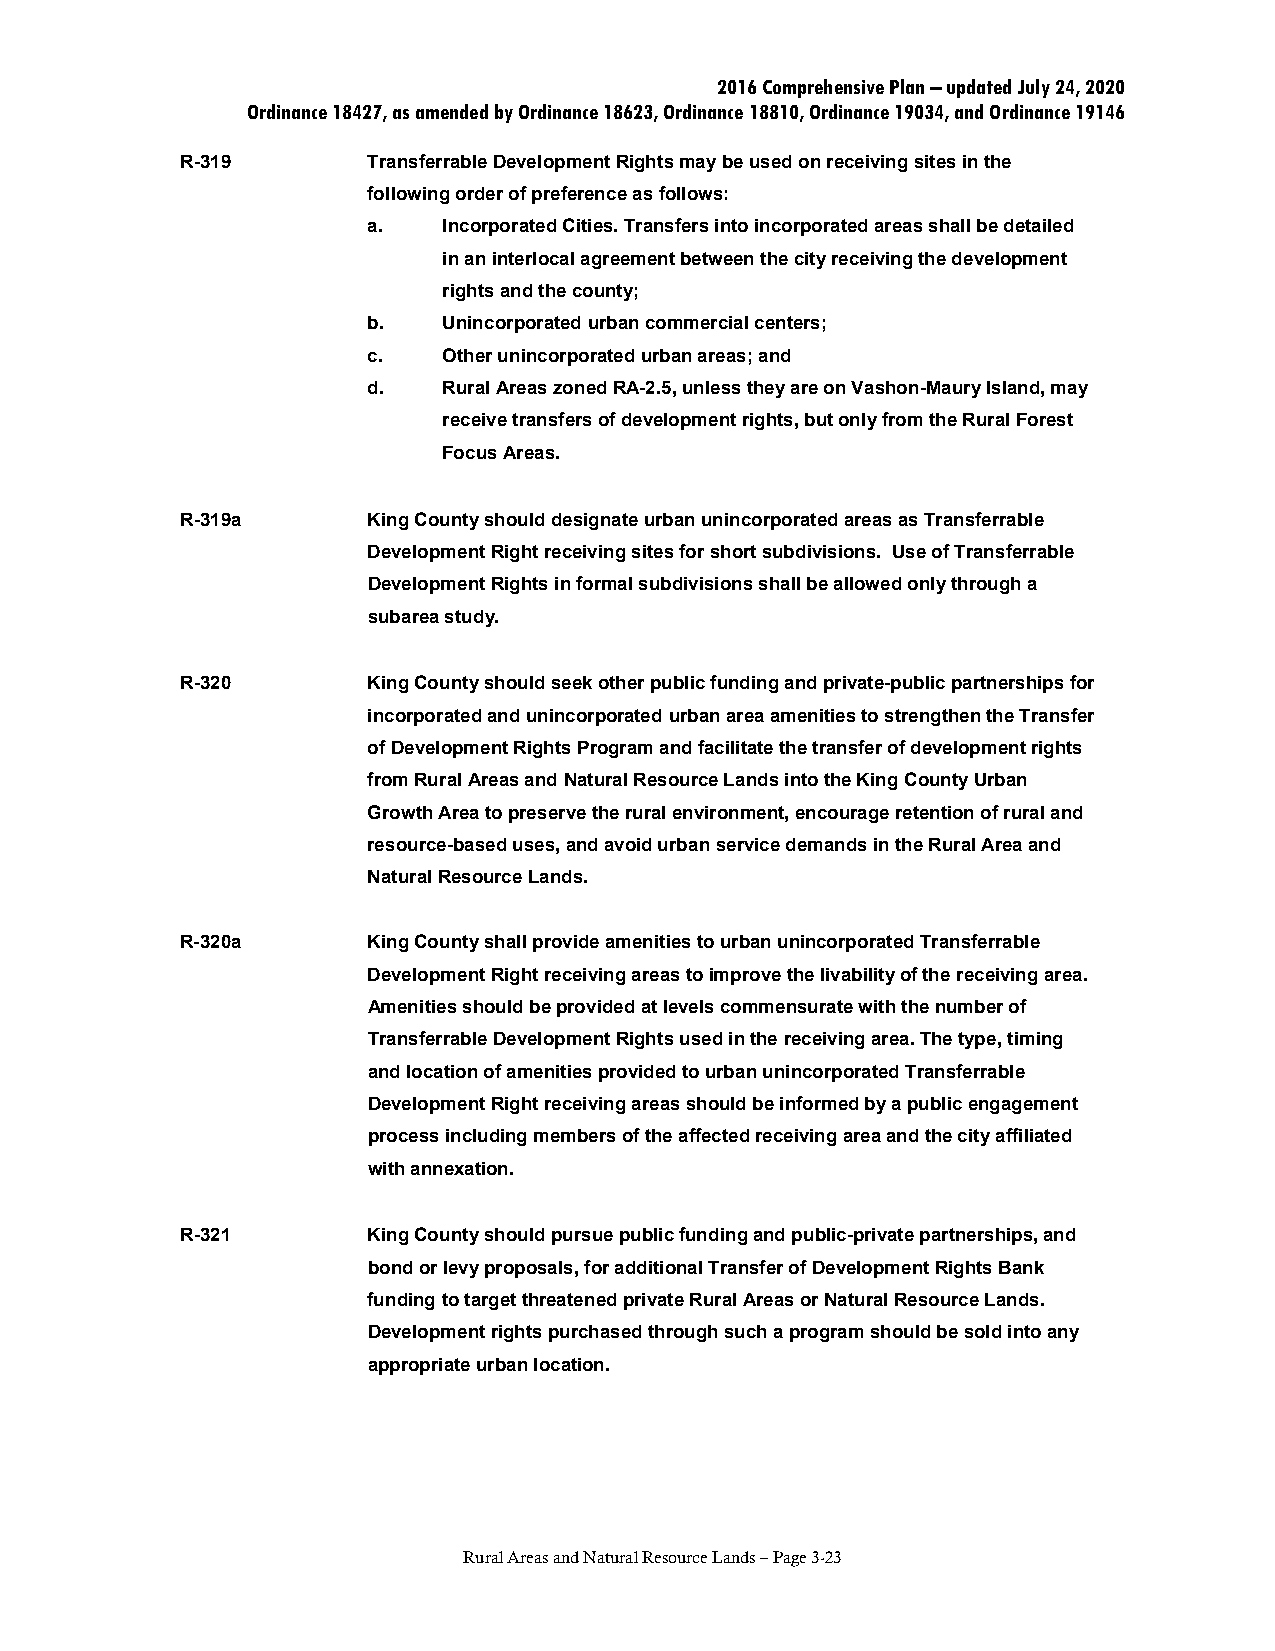
2016 Comprehensive Plan – updated July 24, 2020
 Ordinance 18427, as amended by Ordinance 18623, Ordinance 18810, Ordinance 19034, and Ordinance 19146
 R-319       Transferrable Development Rights may be used on receiving sites in the
 following order of preference as follows:
 a.   Incorporated Cities. Transfers into incorporated areas shall be detailed
 in an interlocal agreement between the city receiving the development
 rights and the county;
 b.   Unincorporated urban commercial centers;
 c.   Other unincorporated urban areas; and
 d.   Rural Areas zoned RA-2.5, unless they are on Vashon-Maury Island, may
 receive transfers of development rights, but only from the Rural Forest
 Focus Areas.
 R-319a      King County should designate urban unincorporated areas as Transferrable
 Development Right receiving sites for short subdivisions. Use of Transferrable
 Development Rights in formal subdivisions shall be allowed only through a
 subarea study.
 R-320       King County should seek other public funding and private-public partnerships for
 incorporated and unincorporated urban area amenities to strengthen the Transfer
 of Development Rights Program and facilitate the transfer of development rights
 from Rural Areas and Natural Resource Lands into the King County Urban
 Growth Area to preserve the rural environment, encourage retention of rural and
 resource-based uses, and avoid urban service demands in the Rural Area and
 Natural Resource Lands.
 R-320a      King County shall provide amenities to urban unincorporated Transferrable
 Development Right receiving areas to improve the livability of the receiving area.
 Amenities should be provided at levels commensurate with the number of
 Transferrable Development Rights used in the receiving area. The type, timing
 and location of amenities provided to urban unincorporated Transferrable
 Development Right receiving areas should be informed by a public engagement
 process including members of the affected receiving area and the city affiliated
 with annexation.
 R-321       King County should pursue public funding and public-private partnerships, and
 bond or levy proposals, for additional Transfer of Development Rights Bank
 funding to target threatened private Rural Areas or Natural Resource Lands.
 Development rights purchased through such a program should be sold into any
 appropriate urban location.
 Rural Areas and Natural Resource Lands – Page 3-23